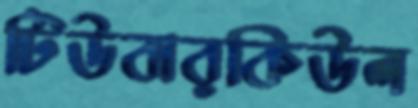
টিউবারকিউল